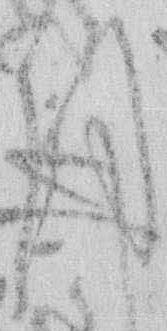
月